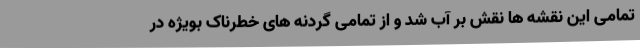
تمامی این نقشه ها نقش بر آب شد و از تمامی گردنه های خطرناک بویژه در